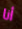
أنا